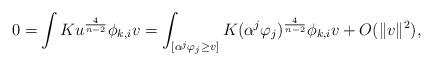
LaTeX: \begin{align*}0= &\int Ku^{\frac{4}{n-2}}\phi_{k,i}v = \int_{[\alpha^{j}\varphi_{j}\geq v]} K(\alpha^{j}\varphi_{j})^{\frac{4}{n-2}} \phi_{k,i}v+O(\Vert v \Vert^{2}),\end{align*}